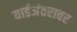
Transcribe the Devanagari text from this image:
यार्डअंतरावर